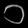
Digit: ၁